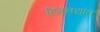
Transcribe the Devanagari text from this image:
हिमनद्यांत